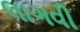
લાગવી